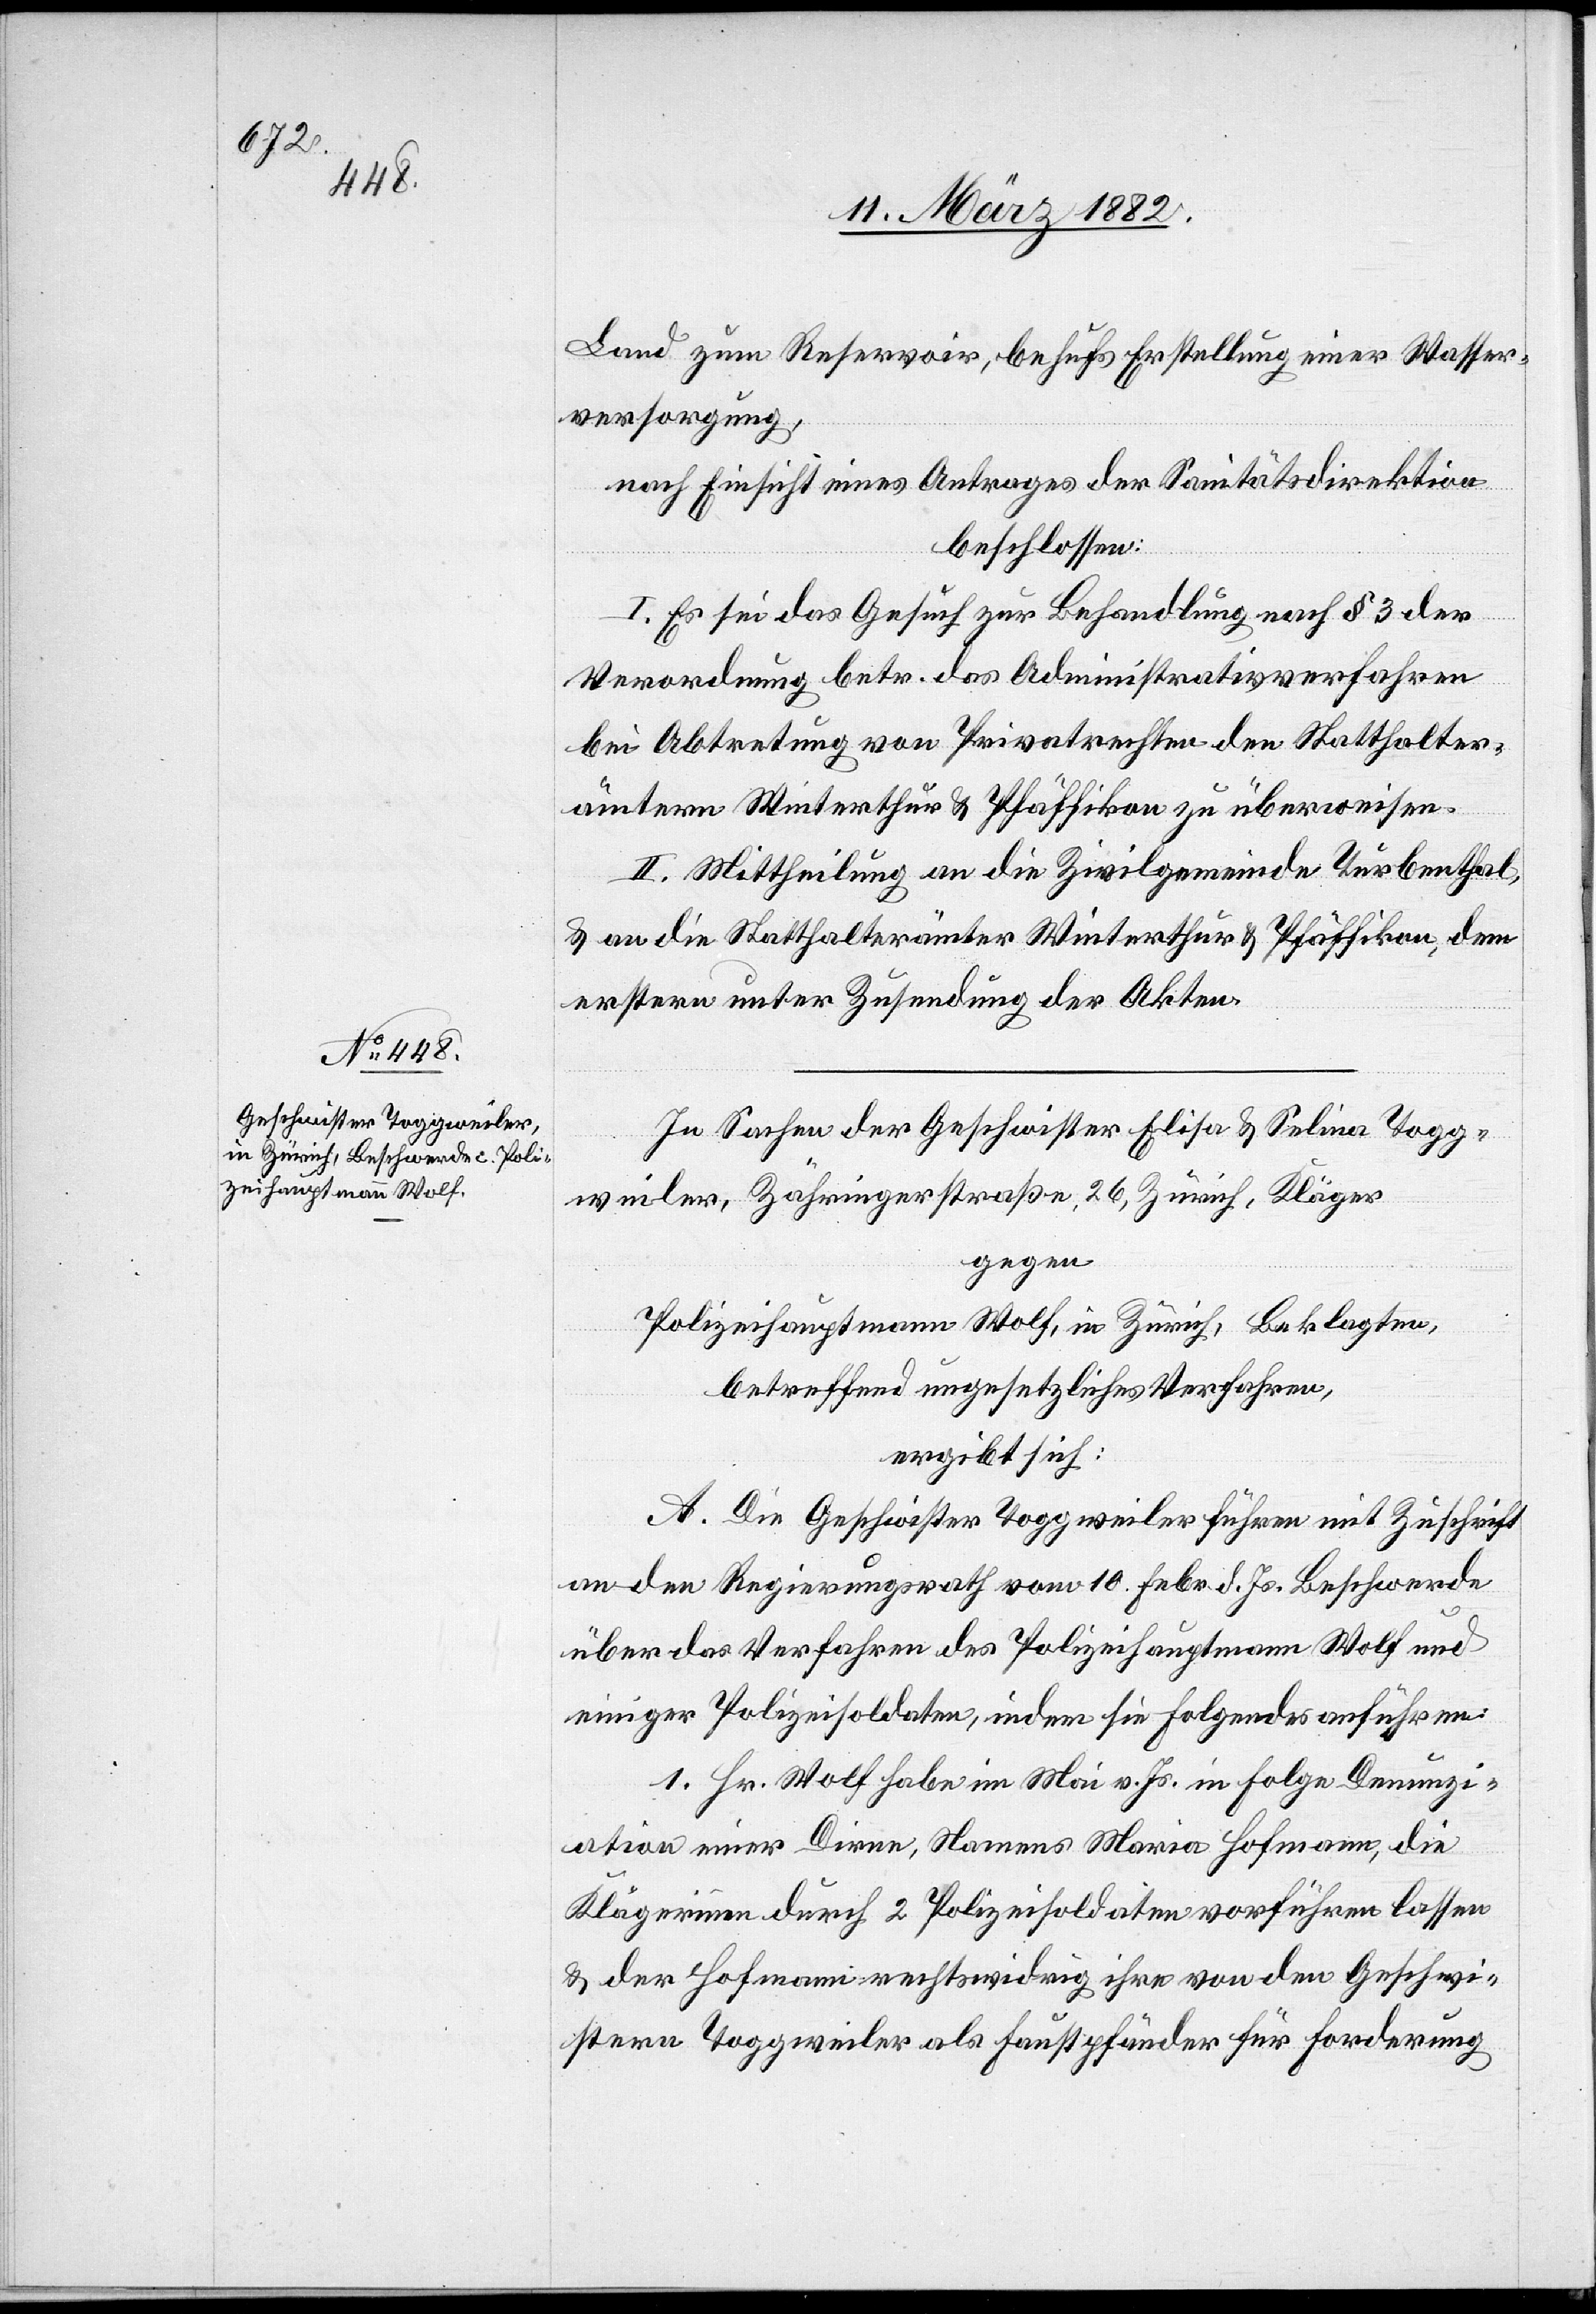
Land zum Reservoir, behufs Erstellung einer Wasser¬
versorgung,
nach Einsicht eines Antrages der Sanitätsdirektion
beschlossen:
I. Es sei das Gesuch zur Behandlung nach § 3 der
Verordnung betr. das Administrativverfahren
bei Abtretung von Privatrechten den Statthalter¬
ämtern Winterthur & Pfäffikon zu überweisen.
II. Mittheilung an die Zivilgemeinde Turbenthal,
& an die Statthalterämter Winterthur & Pfäffikon, dem
erstern unter Zusendung der Akten.
In Sachen der Geschwister Elise & Selina Togg¬
weiler, Zähringerstraße 26, Zürich, Kläger
gegen
Polizeihauptmann Wolf, in Zürich, Beklagten,
betreffend ungesetzliches Verfahren,
ergibt sich:
A. Die Geschwister Toggweiler führen mit Zuschrift
an den Regierungsrath vom 10. Febr. d. Js. Beschwerde
über das Verfahren des Polizeihauptmann Wolf und
einiger Polizeisoldaten, indem sie folgendes anführen:
1. Hr. Wolf habe im Mai v. Js. in Folge Denunzi¬
ation einer Dirne, Namens Maria Hofmann, die
Klägerin durch 2 Polizeisoldaten vorführen lassen
& der Hofmann rechtswidrig ihre von den Geschwi¬
stern Toggweiler als Faustpfänder für Forderung